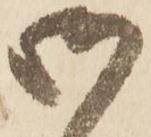
御